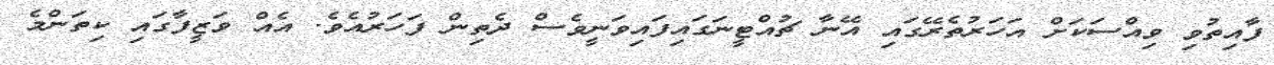
ފާއިތުވި ވިއްސަކަށް އަހަރުތެރޭގައި އޭނާ ޗުއްޓީނަގައިފައިވަނީވެސް ދެތިން ފަހަރުއެވެ. އެއް ވަޒީފާގައި ކިތަންމެ